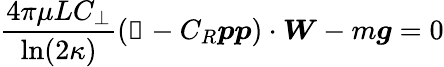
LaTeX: \frac{4\pi\mu LC_{\perp}}{\ln(2\kappa)}\left(\mathbb{1}-C_{R}\boldsymbol{p}\boldsymbol{p}\right)\cdot\boldsymbol{W}-m\boldsymbol{g}=0